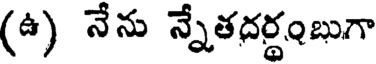
(ఉ) నేను న్నేతదర్థంబుగా